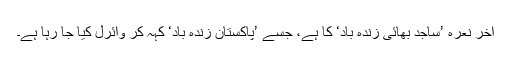
آخر نعرہ ’ساجد بھائی زندہ باد‘ کا ہے، جسے ’پاکستان زندہ باد‘ کہہ کر وائرل کیا جا رہا ہے۔